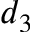
d _ { 3 }